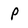
Character: P